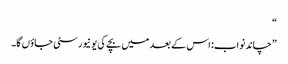
“
”چاند نواب: اس کے بعد میں بچے کی یونیورسٹی جاؤں گا۔